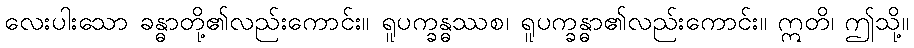
လေးပါးသော ခန္ဓာတို့၏လည်းကောင်း။ ရူပက္ခန္ဓဿစ၊ ရူပက္ခန္ဓာ၏လည်းကောင်း။ ဣတိ၊ ဤသို့။